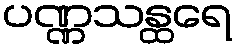
ပဏ္ဏသန္ထရေ